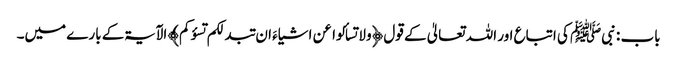
باب : نبیﷺ کی اتباع اور اللہ تعالیٰ کے قول ﴿ولا تسألوا عن اشیاءَ ان تبدلکم تسؤکم﴾ الآیۃکے بارے میں۔